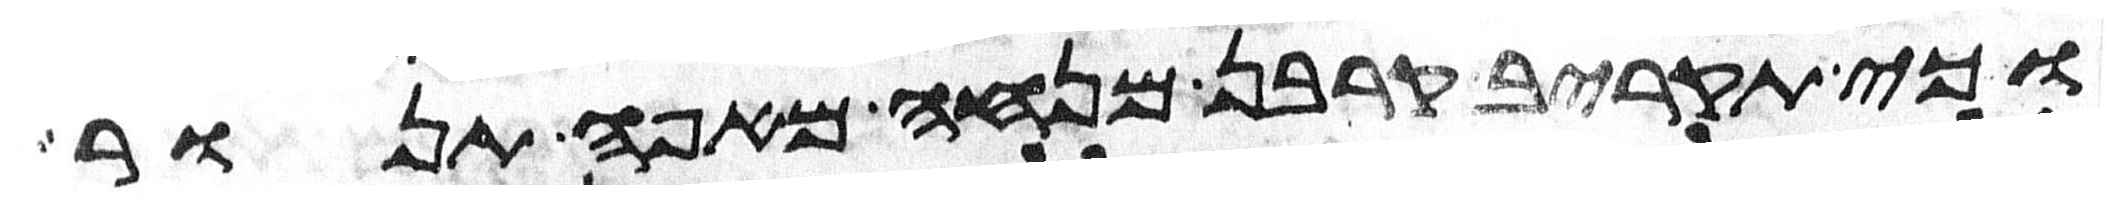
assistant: וכי תקריב קרבן מנחה מאפה תנור